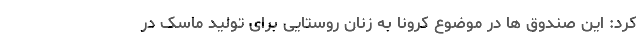
کرد: این صندوق ها در موضوع کرونا به زنان روستایی برای تولید ماسک در